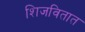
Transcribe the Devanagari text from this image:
शिजवितात